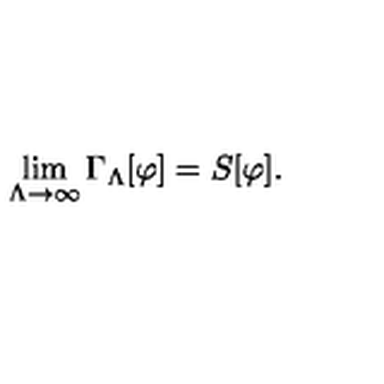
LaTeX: \lim _ { \Lambda \rightarrow \infty } \Gamma _ { \Lambda } [ \varphi ] = S [ \varphi ] .